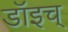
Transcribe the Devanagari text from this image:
डॉइच्